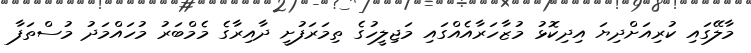
މާލޭގައި ކުރިއަށްދިޔަ އިދިކޮޅު މުޒާހަރާއެއްގައި މަޖިލީހުގެ ތިމަރަފުށީ ދާއިރާގެ މެމްބަރު މުހައްްމަދު މުސްތަފާ